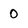
Character: 0